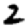
Digit: 2